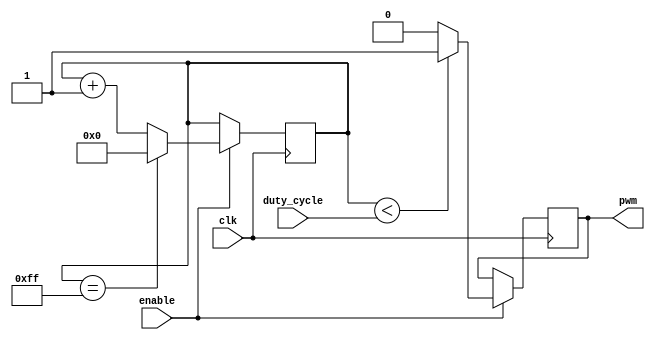
module pwm_generator(
    input wire clk,
    input wire enable,
    input wire [7:0] duty_cycle,
    output reg pwm
);

reg [7:0] counter;
reg pwm_output;

always @(posedge clk) begin
    if(enable) begin
        counter <= counter + 1;
        if(counter == 255) begin
            counter <= 0;
        end
        
        if(counter < duty_cycle) begin
            pwm_output <= 1;
        end else begin
            pwm_output <= 0;
        end
    end
end

assign pwm = pwm_output;

endmodule